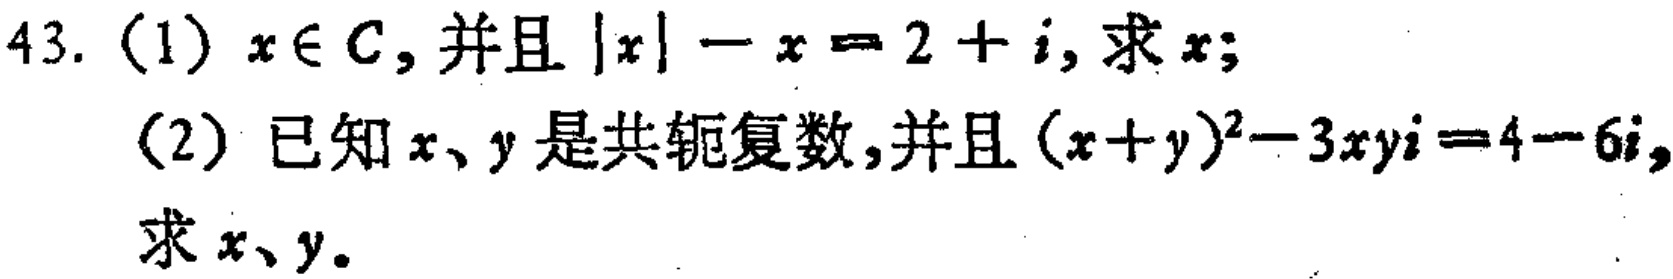
43. (1) \(x\in C\),并且\(\vert x\vert - x = 2 + i\),求\(x\);
(2) 已知\(x\)、\(y\)是共轭复数,并且\((x + y)^2-3xyi = 4 - 6i\),求\(x\)、\(y\)。